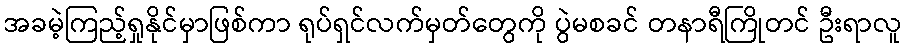
အခမဲ့ကြည့်ရှုနိုင်မှာဖြစ်ကာ ရုပ်ရှင်လက်မှတ်တွေကို ပွဲမစခင် တနာရီကြိုတင် ဦးရာလူ